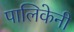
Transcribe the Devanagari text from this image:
पालिकेनी